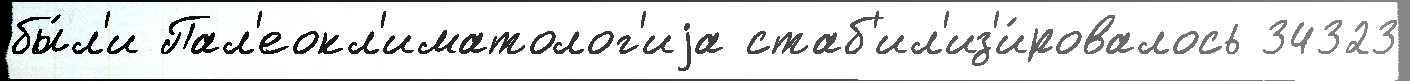
бы́л'и Пал'еокл'иматолог'иjа стаб'ил'из'и́ровалось 34323